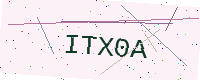
Text: ITX0A